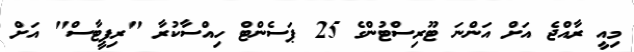
މިއީ ރާއްޖެ އަށް އަންނަ ޓޫރިސްޓުންގެ 25 ޕަސެންޓް ހިއްސާކުރާ "ރިޕީޓާސް" އަށް